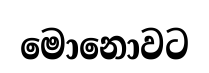
මොනොවට